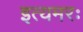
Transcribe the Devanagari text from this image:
इत्यमरः